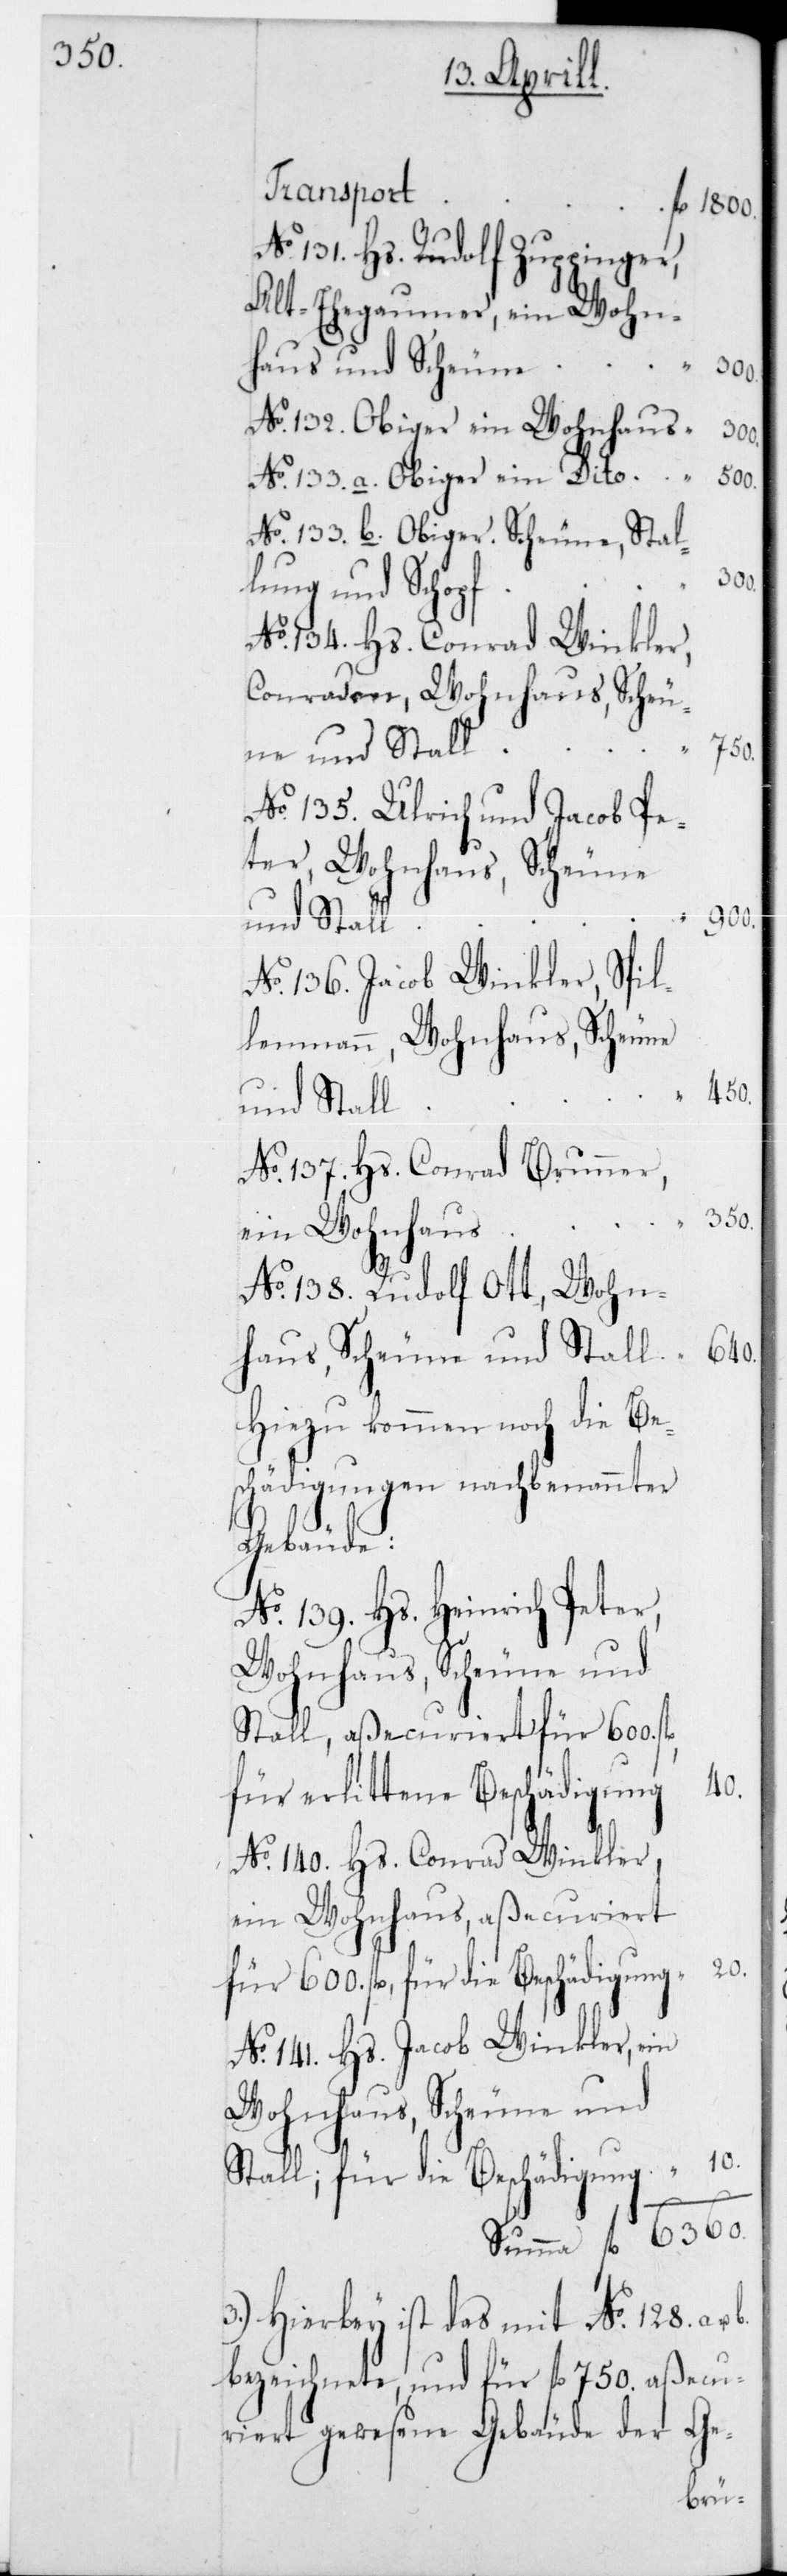
Transport
No 131 Hs. Rudolf Zuppinger,
Alt-Ehegaumer, ein Wohn¬
haus und Scheune
No 132 Obiger ein Wohnhaus
No 133 a. Obiger ein Dito
No 133 b. Obiger. Scheune, Stal¬
lung und Schopf
No 134 Hs. Conrad Winkler,
Conraden, Wohnhaus, Scheu¬
350
ne und Stall
No 135 Ulrich und Jacob Pe¬
ter, Wohnhaus, Scheune
und Stall
No 136 Jacob Winkler, Spil¬
lenmann, Wohnhaus, Scheune
und Stall
No 137 Hs. Conrad Brunner,
ein Wohnhaus
No 138 Rudolf Ott, Wohn¬
haus, Scheune und Stall
Hiezu kommen noch die Be¬
schädigungen nachbenannter
Gebäude:
No 139 Hs. Heinrich Peter,
Wohnhaus, Scheune und
Stall, aßecuriert für 600
für erlittene Beschädigung
No 140 Hs. Conrad Winkler,
ein Wohnhaus aßecuriert
für 600 fl., für die Beschädigung
No 141 Hs. Jacob Winkler, ein
Wohnhaus, Scheune und
Stall; für die Beschädigung
3.) Hierbey ist das mit No 128a u.b
bezeichnete, und für fl. 750 aßecu¬
riert gewesene Gebäude der Ge-